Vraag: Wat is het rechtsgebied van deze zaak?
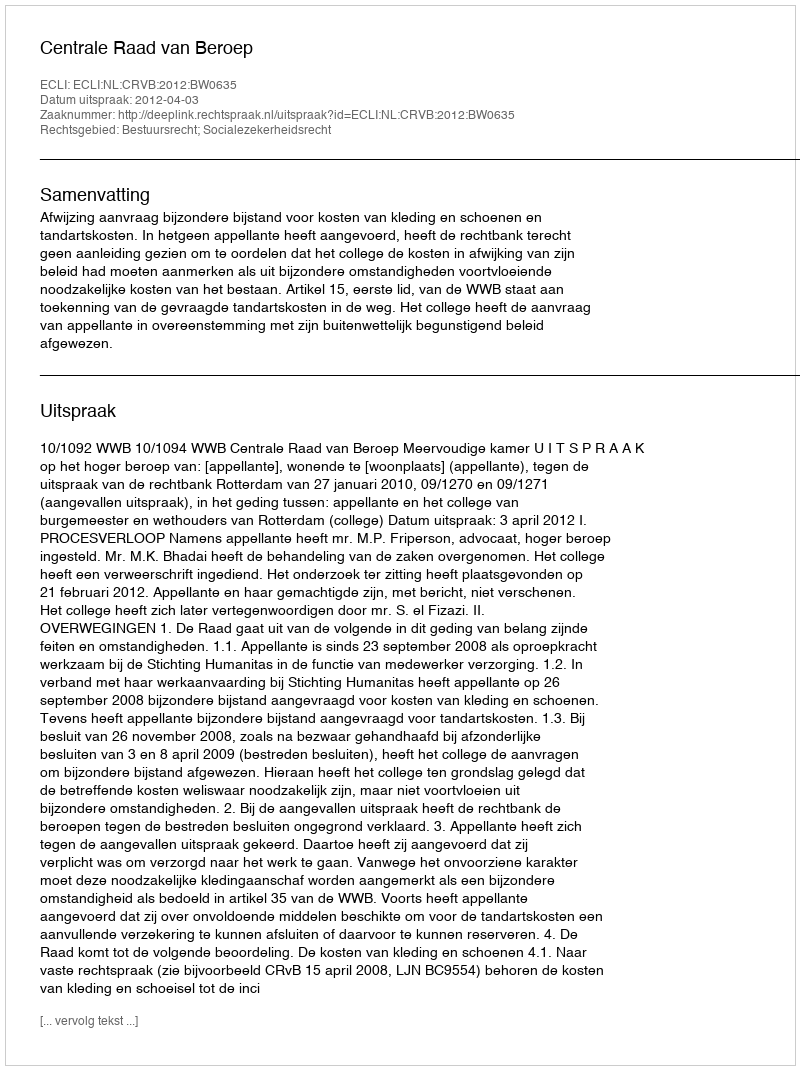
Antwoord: Bestuursrecht; Socialezekerheidsrecht